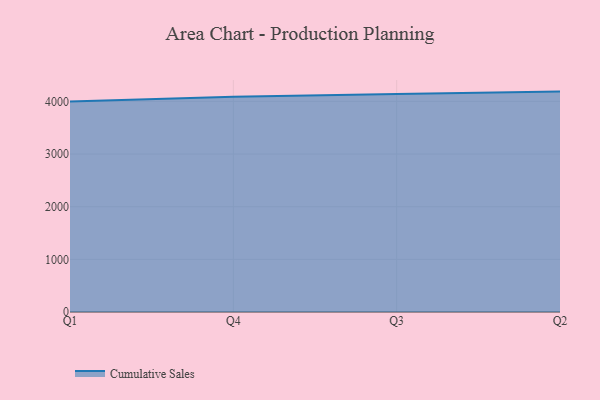
{"axis": {"x": "Quarter", "y": "Gross Profit (USD K)"}, "legend": ["Cumulative Sales"], "data": [{"x": "Q1", "y": 4000.2, "type": "Cumulative Sales"}, {"x": "Q4", "y": 4087.3, "type": "Cumulative Sales"}, {"x": "Q3", "y": 4140.6, "type": "Cumulative Sales"}, {"x": "Q2", "y": 4186.0, "type": "Cumulative Sales"}]}